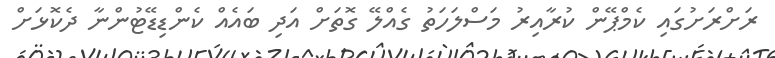
ރަށްރަށުގައި ކެމްޕޭން ކުރާއިރު މަސްލަހަތު ގެއްލޭ ގޮތަށް އަދި ބައެއް ކެންޑިޑޭޓުންނާ ދެކޮޅަށް